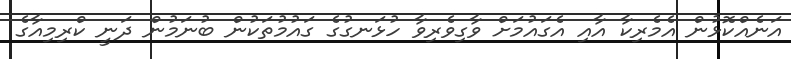
އަނެއްކޮޅުން އެމެރިކާ އާއި އެގައުމަށް ވާގިވެރިވާ ހުޅަނގުގެ ގައުމުތަކުން ބުނަމުން ދަނީ ކްރިމިއާގެ